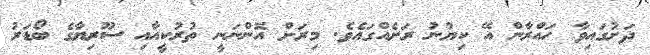
ދަށުގައިވާ ހައްރާން އޭ ކިޔުނު ރަށެއްގައެވެ. މިރަށް އޮންނަނީ ތުރުކީއާއި ސޫރިޔާގެ ބޯޑަރު